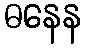
ဓနေန